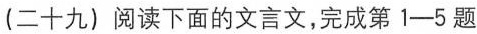
(二十九〕阅读下面的文言文，完成第1-5题